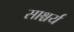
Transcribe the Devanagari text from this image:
साश्चर्य